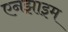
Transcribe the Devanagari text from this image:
एनझाइम